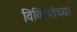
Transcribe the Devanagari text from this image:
विविधतेच्या